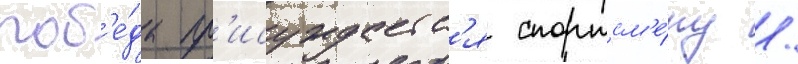
поб'е́да пр'исуждаетс'я спортсм'е́ну /